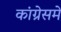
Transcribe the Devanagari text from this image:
कांग्रेसमे